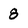
Character: 8